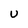
Character: U